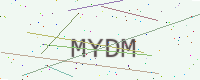
Text: MYDM